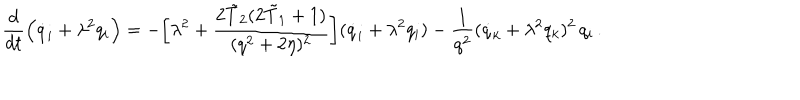
LaTeX: \frac { d } { d t } \Bigl ( \dot { q } _ { i } + \lambda ^ { 2 } q _ { i } \Bigr ) = - \biggl [ \lambda ^ { 2 } + \frac { 2 \tilde { T } _ { 2 } ( 2 \tilde { T } _ { 1 } + 1 ) } { ( q ^ { 2 } + 2 \eta ) ^ { 2 } } \biggr ] ( \dot { q } _ { i } + \lambda ^ { 2 } q _ { i } ) - \frac { 1 } { q ^ { 2 } } ( \dot { q } _ { k } + \lambda ^ { 2 } q _ { k } ) ^ { 2 } \, q _ { i } \, .